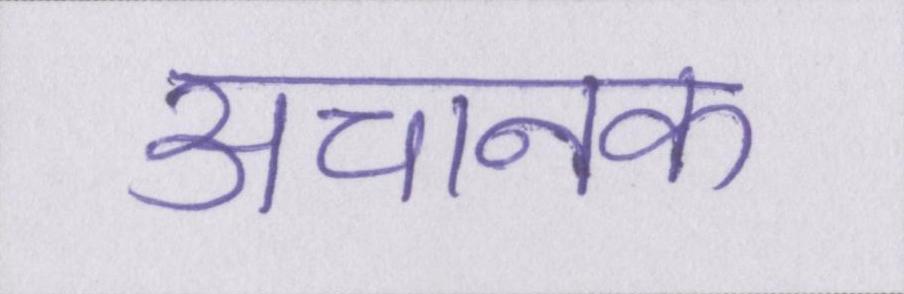
अचानक